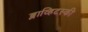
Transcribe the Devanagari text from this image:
ब्लाव्हिटस्‍की